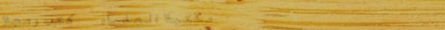
مكتبة العلماء   كتب ومجلا